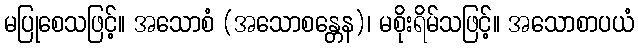
မပြုစေသဖြင့်။ အသောစံ (အသောစန္တေန)၊ မစိုးရိမ်သဖြင့်။ အသောစာပယံ